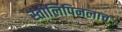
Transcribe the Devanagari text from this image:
स्तोलिपिनलाच